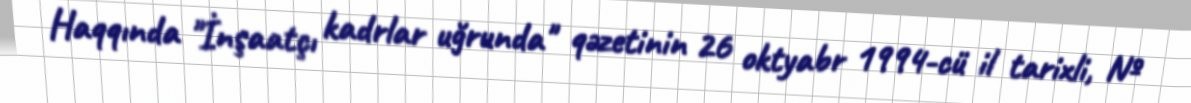
Haqqında "İnşaatçı kadrlar uğrunda" qəzetinin 26 oktyabr 1994-cü il tarixli, №